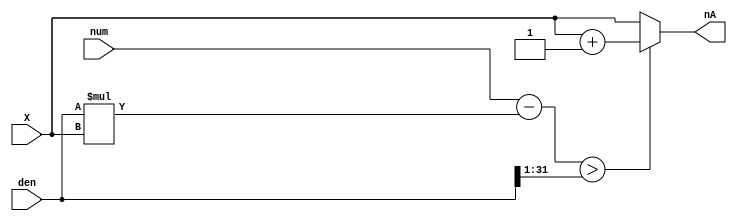
`timescale 1ns/100ps
module Rounder(
    input [7:0] X,
    input [31:0] num,
    input [31:0] den,
    output reg [7:0] nA
    );
    
    reg [31:0] remainder,halfden;
    
    always@(*) begin
    remainder=num-(den*X);
    halfden=(den>>1);
  end
  
    always@(*) begin
    if(remainder>halfden)nA<=X+1;
    else nA<=X;
  end
  
    
endmodule